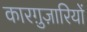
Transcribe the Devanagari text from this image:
कारग़ुज़ारियों